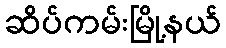
ဆိပ်ကမ်းမြို့နယ်